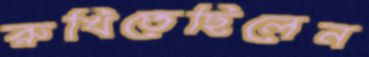
রুখিতেছিলেন